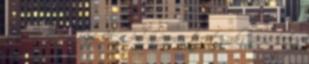
Basak nem hívja fel a polgármestert, aki nem hívja